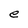
Character: e